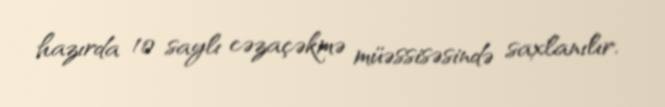
hazırda 10 saylı cəzaçəkmə müəssisəsində saxlanılır.